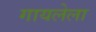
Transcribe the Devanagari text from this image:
गायलेला